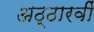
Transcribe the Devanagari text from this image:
अठ्ठारवीं